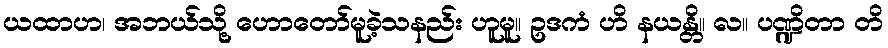
ယထာဟ၊ အဘယ်သို့ ဟောတော်မူခဲ့သနည်း ဟူမူ။ ဥဒကံ ဟိ နယန္တိ။ လ။ ပဏ္ဍိတာ တိ